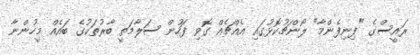
ރައީސްގެ "ފިނިފެންމާ" ލޯންޗުކޮޅުގައި އެއްޗެއް ގޮވި ފަހުން ސަލާމަތީ ބާރުތަކުގެ ބައެއް މީހުންނާ